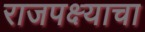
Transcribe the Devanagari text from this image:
राजपक्ष्याचा